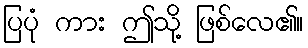
ပြပုံ ကား ဤသို့ ဖြစ်လေ၏။